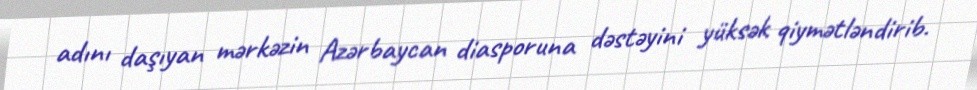
adını daşıyan mərkəzin Azərbaycan diasporuna dəstəyini yüksək qiymətləndirib.